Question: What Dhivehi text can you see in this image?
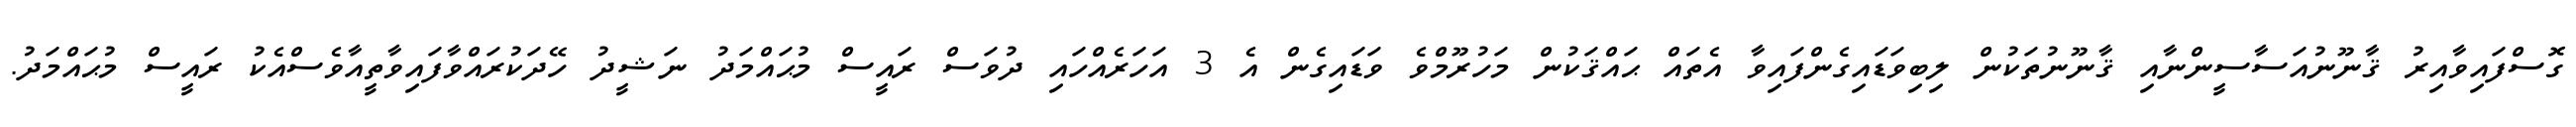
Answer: ގޮސްފައިވާއިރު ޤާނޫނުއަސާސީންނާއި ޤާނޫނުތަކުން ލިބިވަޑައިގެންފައިވާ އެތައް ޙައްޤަކުން މަހުރޫމްވެ ވަޑައިގެން އެ 3 އަހަރެއްހައި ދުވަސް ރައީސް މުޙައްމަދު ނަޝީދު ހޭދަކުރައްވާފައިވާތީއާވެސްއެކު ރައީސް މުޙައްމަދު.